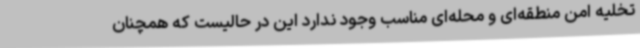
تخلیه امن منطقه‌ای و محله‌ای مناسب وجود ندارد این در حالیست که همچنان